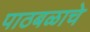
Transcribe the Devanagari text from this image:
पाठबळाचे